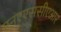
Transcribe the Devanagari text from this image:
एनएएससीएआर